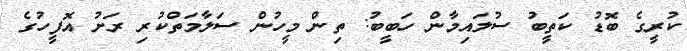
ކުރީގެ ބޮޑު ކަތީބު ސުލައިމާން ހަބީބު: ތިން މީހުން ސަލާމަތްކުރި ރަށު އޮފީހުގެ